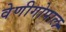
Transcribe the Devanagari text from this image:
वेणीगोपाल